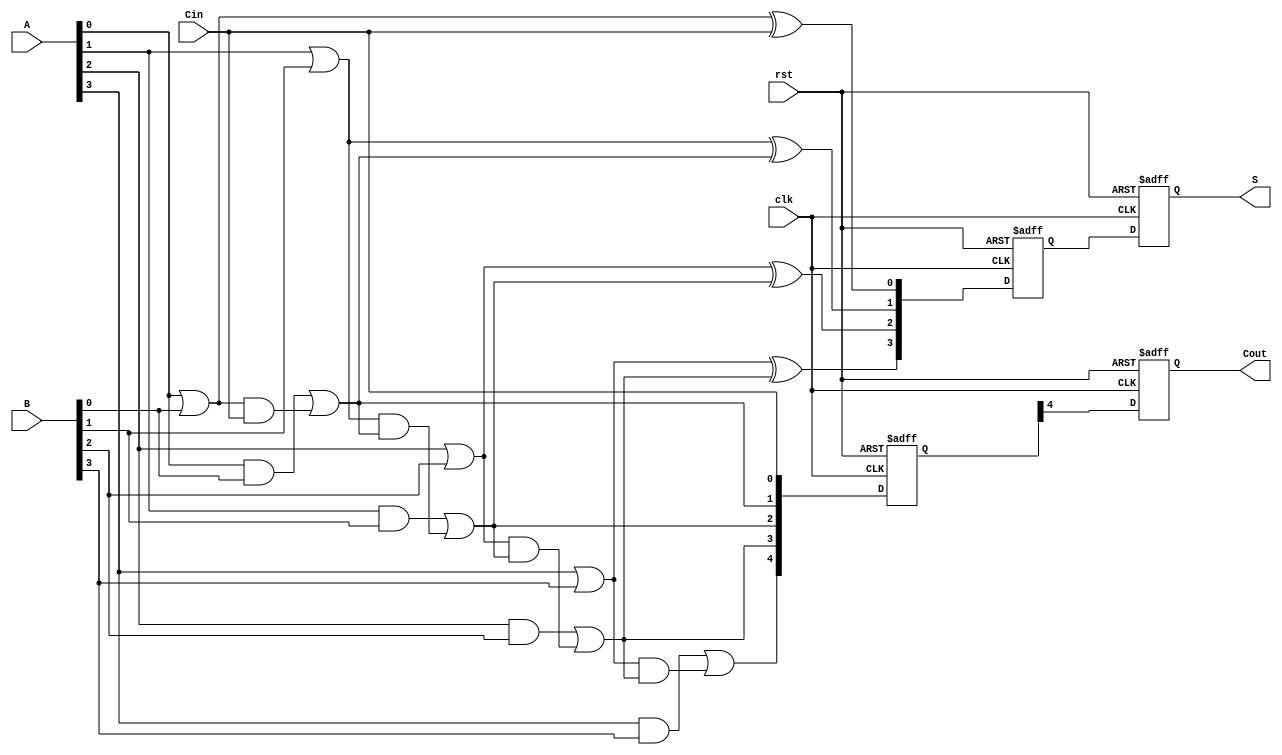
module Pipelined_CLA #(parameter N = 4) (
    input wire clk,
    input wire rst,
    input wire [N-1:0] A,
    input wire [N-1:0] B,
    input wire Cin,
    output reg [N-1:0] S,
    output reg Cout
);
    
    // Generate and Propagate signals
    wire [N-1:0] G;
    wire [N-1:0] P;
    wire [N:0] C;

    // Generate and Propagate logic
    generate
        genvar i;
        for (i = 0; i < N; i = i + 1) begin: gen_prop
            assign G[i] = A[i] & B[i];
            assign P[i] = A[i] | B[i];
        end
    endgenerate

    // Carry generation logic
    assign C[0] = Cin;
    generate
        for (i = 0; i < N; i = i + 1) begin: carry_gen
            if (i == 0) begin
                assign C[i + 1] = G[i] | (P[i] & C[i]);
            end else begin
                assign C[i + 1] = G[i] | (P[i] & C[i]);
            end
        end
    endgenerate

    // Sum calculation
    wire [N-1:0] sum;
    generate
        for (i = 0; i < N; i = i + 1) begin: sum_calc
            assign sum[i] = P[i] ^ C[i];
        end
    endgenerate

    // Pipelining registers
    reg [N-1:0] sum_reg [0:1]; // Two pipeline stages
    reg [N:0] carry_reg [0:1];

    // Stage 0
    always @(posedge clk or posedge rst) begin
        if (rst) begin
            sum_reg[0] <= 0;
            carry_reg[0] <= 0;
        end else begin
            sum_reg[0] <= sum;
            carry_reg[0] <= C;
        end
    end

    // Stage 1
    always @(posedge clk or posedge rst) begin
        if (rst) begin
            S <= 0;
            Cout <= 0;
        end else begin
            S <= sum_reg[0];
            Cout <= carry_reg[0][N];
        end
    end

endmodule